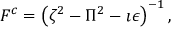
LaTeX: { \cal F } ^ { c } = \left( \zeta ^ { 2 } - \Pi ^ { 2 } - \imath \epsilon \right) ^ { - 1 } ,